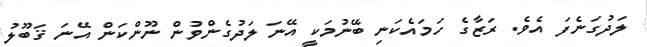
ލަދުގަނެފަ އެވެ. ރަޒާގެ ހަމައެކަނި ބޭނުމަކީ އޭނަ ލަދުގެންވުން ނޫންކަން އޭނަ ޤަބޫލު